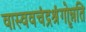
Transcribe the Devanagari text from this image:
वास्ववचंद्रश्रृंगोन्नति